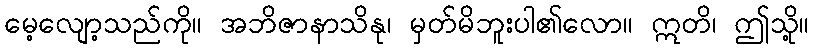
မေ့လျော့သည်ကို။ အဘိဇာနာသိနု၊ မှတ်မိဘူးပါ၏လော။ ဣတိ၊ ဤသို့။